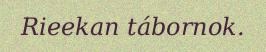
Rieekan tábornok.